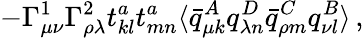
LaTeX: -\Gamma_{\mu\nu}^{1}\Gamma_{\rho\lambda}^{2}t_{kl}^{a}t_{mn}^{a}\langle{\bar{q}_{\mu k}^{A}}q_{\lambda n}^{D}{\bar{q}_{\rho m}^{C}}q_{\nu l}^{B}\rangle\, ,